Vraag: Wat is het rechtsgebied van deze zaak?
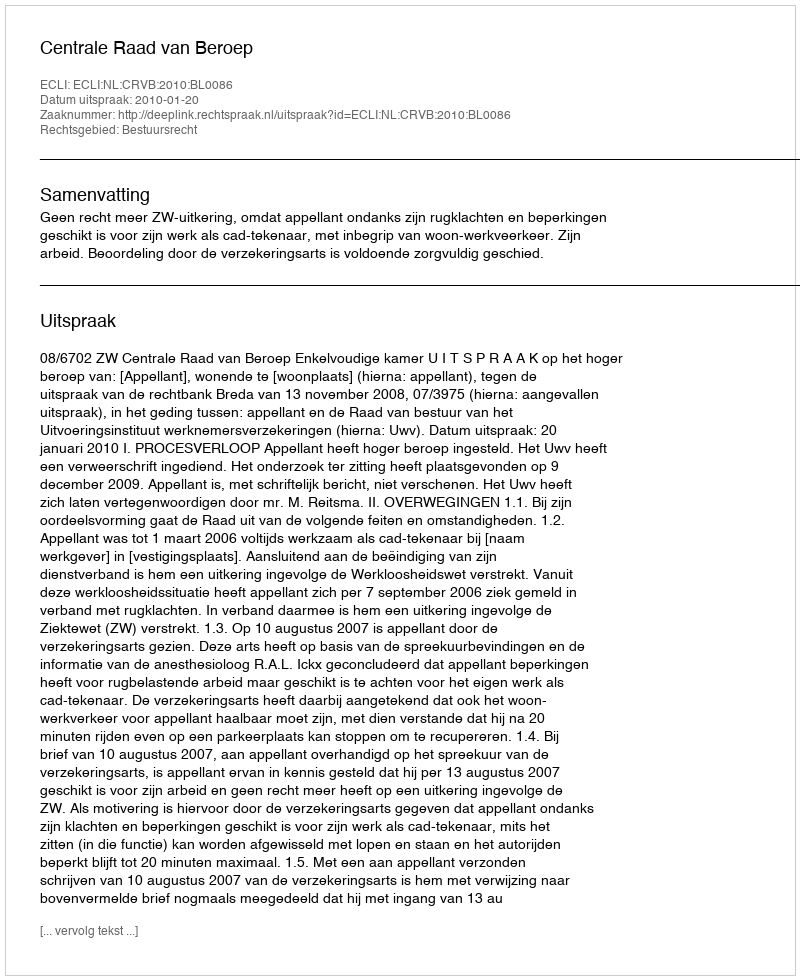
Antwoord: Bestuursrecht